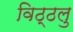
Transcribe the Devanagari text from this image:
विठ्ठलु